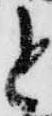
と